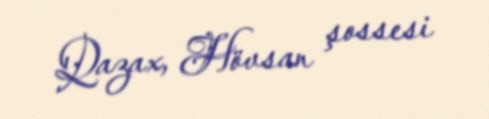
Qazax, Hövsan şossesi